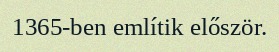
1365-ben említik először.